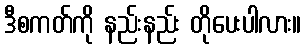
ဒီစကတ်ကို နည်းနည်း တိုပေးပါလား။